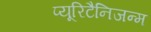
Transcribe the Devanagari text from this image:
प्यूरिटैनिजन्म